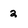
Character: 2